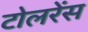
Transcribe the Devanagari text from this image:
टोलरेंस